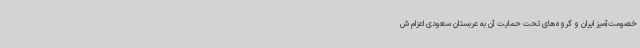
خصومت‌آمیز ایران و گروه‌های تحت حمایت آن به عربستان سعودی اعزام ش